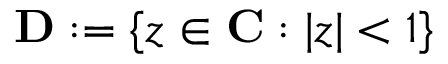
\mathbf { D } : = \{ z \in \mathbf { C } : | z | < 1 \}